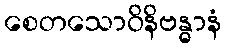
စေတသောဝိနိဗန္ဓာနံ